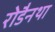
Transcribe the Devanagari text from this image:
रोडैनथा